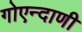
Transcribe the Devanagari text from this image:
गोएन्दाणी